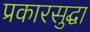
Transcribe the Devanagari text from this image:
प्रकारसुद्घा